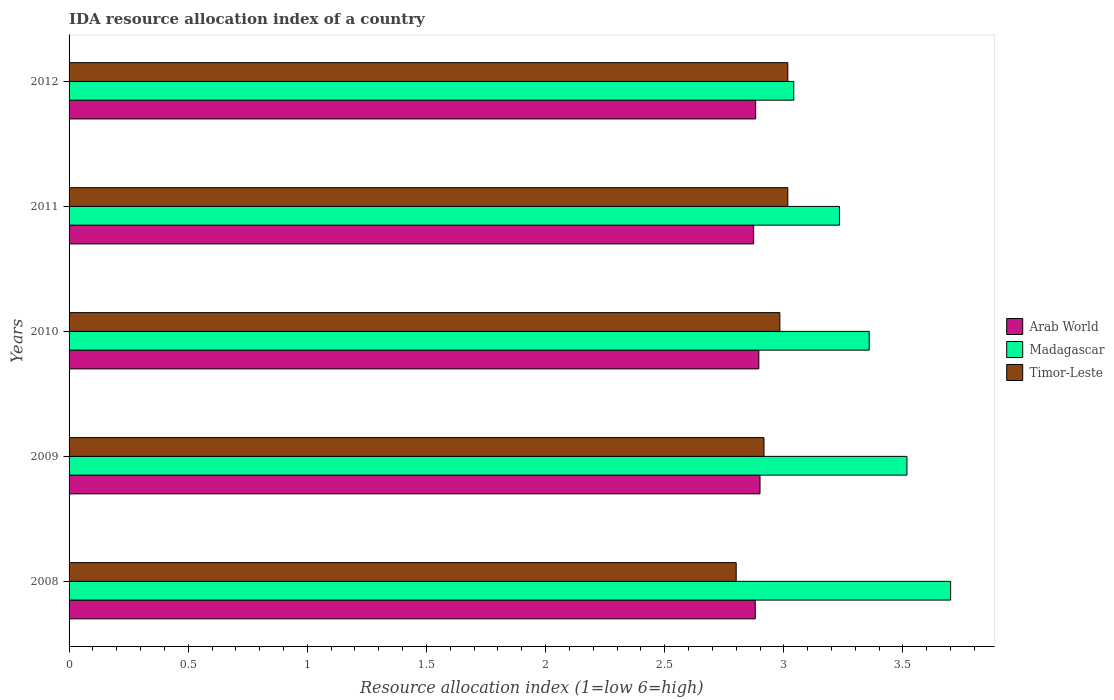
| Years | Arab World | Madagascar | Timor-Leste |
 | --- | --- | --- | --- |
 | 2008 | 2.88 | 3.7 | 2.8 |
 | 2009 | 2.9 | 3.52 | 2.92 |
 | 2010 | 2.9 | 3.36 | 2.98 |
 | 2011 | 2.87 | 3.23 | 3.02 |
 | 2012 | 2.88 | 3.04 | 3.02 |